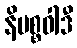
နိပစ္စဝါဒီ